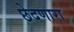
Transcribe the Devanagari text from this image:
छेदणारा